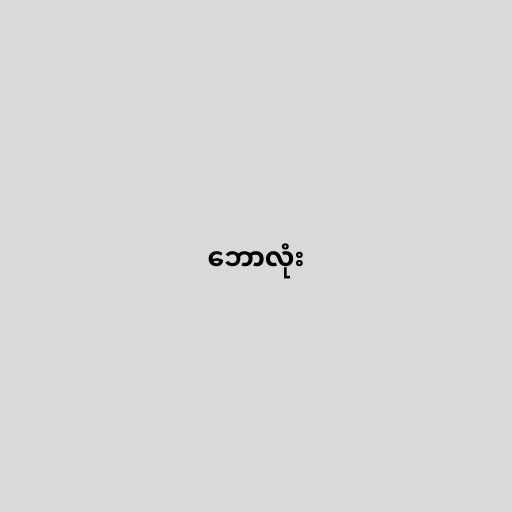
ဘောလုံး